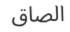
الصاق